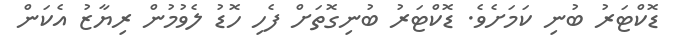
ޑޮކްޓަރު ބުނި ކަމަށެވެ. ޑޮކްޓަރު ބުނިގޮތަށް ފެހި ހޮޑު ލެވުމުން ރިޔާޒު އެކަން